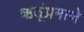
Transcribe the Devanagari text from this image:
ऋतूंप्रमाणे